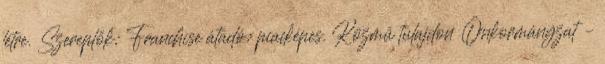
létre. Szereplők: Franchise átadó: piacképes. Közmű tulajdon Önkormányzat –